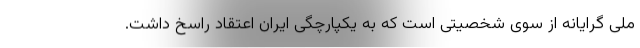
ملی گرایانه از سوی شخصیتی است که به یکپارچگی ایران اعتقاد راسخ داشت.